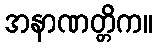
အနာဏတ္တိက။